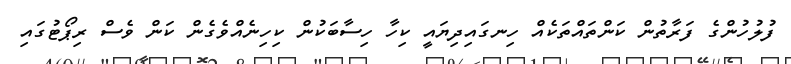
ފުލުހުންގެ ފަރާތުން ކަންތައްތަކެއް ހިނގައިދިޔައީ ކިހާ ހިސާބަކުން ކިހިނެއްވެގެން ކަން ވެސް ރިޕޯޓުގައި